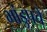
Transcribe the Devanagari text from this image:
भांडुपचे